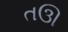
તઊ